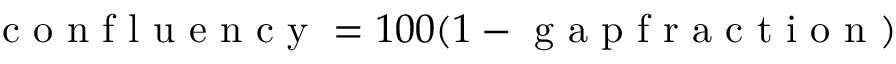
\mathrm { ~ c ~ o ~ n ~ f ~ l ~ u ~ e ~ n ~ c ~ y ~ } = 1 0 0 ( 1 - \mathrm { ~ g ~ a ~ p ~ f ~ r ~ a ~ c ~ t ~ i ~ o ~ n ~ } )